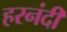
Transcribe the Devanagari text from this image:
हरनंदी